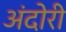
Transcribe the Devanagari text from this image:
अंदोरी